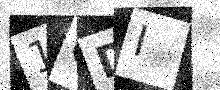
Text: 1GDI